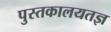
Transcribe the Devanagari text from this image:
पुस्तकालयतज्ञ